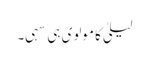
لیلیٰ کا مولوی ہی سہی۔